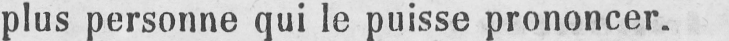
plus personne qui le puisse prononcer.